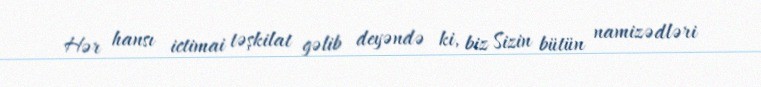
Hər hansı ictimai təşkilat gəlib deyəndə ki, biz Sizin bütün namizədləri